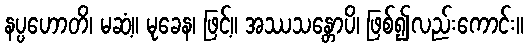
နပ္ပဟောတိ၊ မဆံ့။ မုခေန၊ ဖြင့်။ အဿသန္တောပိ၊ ဖြစ်၍လည်းကောင်း။